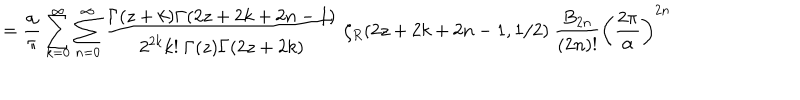
= { \frac { \alpha } { \pi } } \sum _ { k = 0 } ^ { \infty } \sum _ { n = 0 } ^ { \infty } { \frac { \Gamma ( z + k ) \Gamma ( 2 z + 2 k + 2 n - 1 ) } { 2 ^ { 2 k } k ! ~ \Gamma ( z ) \Gamma ( 2 z + 2 k ) } } ~ \zeta _ { R } ( 2 z + 2 k + 2 n - 1 , 1 / 2 ) ~ { \frac { B _ { 2 n } } { ( 2 n ) ! } } \left( { \frac { 2 \pi } { \alpha } } \right) ^ { 2 n }